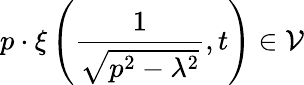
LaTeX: p\cdot\xi\left(\frac{1}{\sqrt{p^{2}-\lambda^{2}}},t\right)\in\mathcal{V}